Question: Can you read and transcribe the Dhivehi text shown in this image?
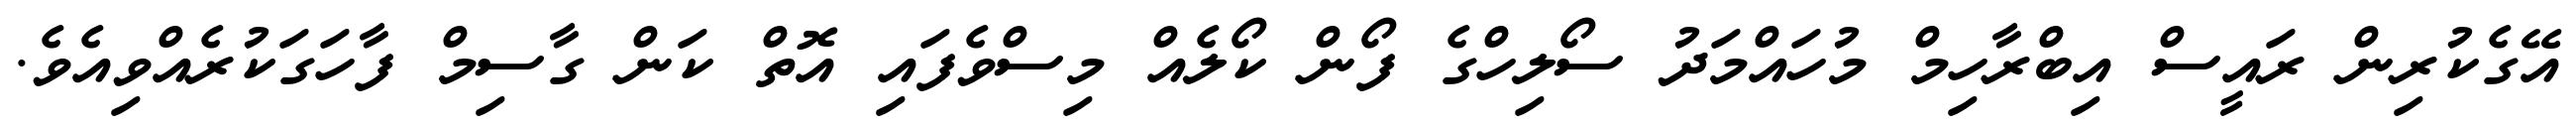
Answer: އޭގެކުރިން ރައީސް އިބްރާހިމް މުހައްމަދު ސޯލިހްގެ ފޯން ކޯލެއް މިސްވެފައި އޮތް ކަން ގާސިމް ފާހަގަކުރެއްވިއެވެ.